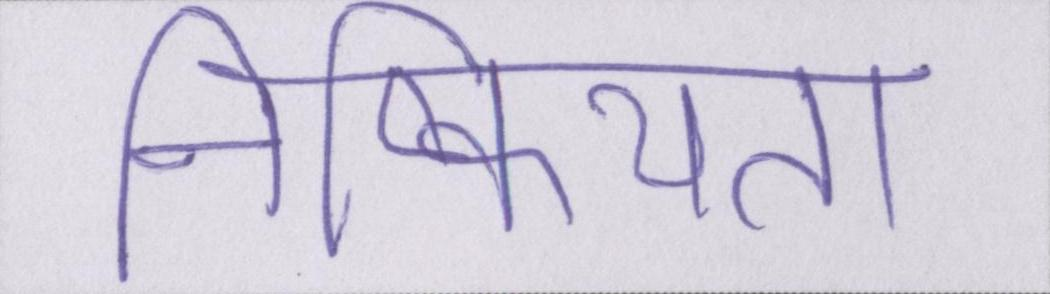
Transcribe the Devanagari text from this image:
निष्क्रियता